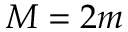
M = 2 m